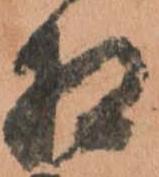
相